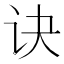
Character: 诀